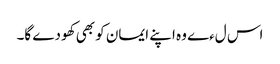
اس لءے وہ اپنے ایمان کو بھی کھودے گا۔